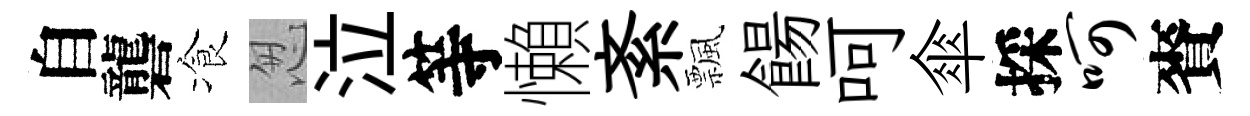
自礱飡怱泣等懶紊飄餳呵傘採呵賚